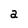
Character: a